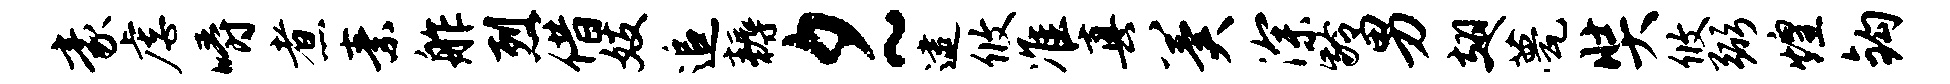
豪虐嚼煮素舴烈借妓追耨夕~逮攸准真冀深龄男翅甍奘攸弼煌钩